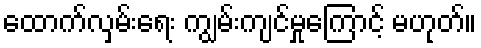
ထောက်လှမ်းရေး ကျွမ်းကျင်မှုကြောင့် မဟုတ်။